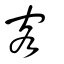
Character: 客